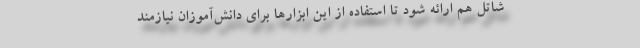
شاتل هم ارائه شود تا استفاده از این ابزارها برای دانش‌آموزان نیازمند